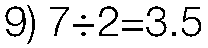
9) 7÷2=3.5